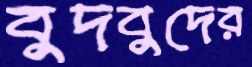
বুদবুদের